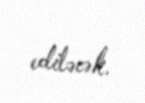
ediləcək.